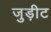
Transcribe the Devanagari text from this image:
जुड़ीट